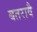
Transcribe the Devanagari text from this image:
बतरावै